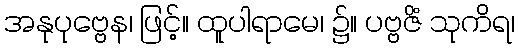
အနုပုဗ္ဗေန၊ ဖြင့်။ ထူပါရာမေ၊ ၌။ ပဗ္ဗဇိံ သုကိရ၊